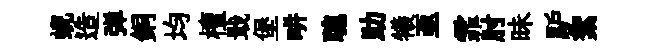
蜺造弹銅均檀戢堡畊聰助犧亟霏肘昧馿絮